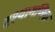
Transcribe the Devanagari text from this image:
दृश्यागणिक